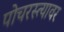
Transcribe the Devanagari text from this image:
पोचरस्त्यावर